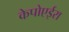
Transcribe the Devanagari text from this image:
केपोएईरा